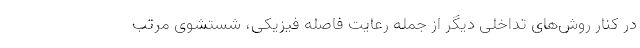
در کنار روش‌های تداخلی دیگر از جمله رعایت فاصله فیزیکی، شستشوی مرتب